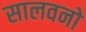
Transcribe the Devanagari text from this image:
सालवनो